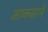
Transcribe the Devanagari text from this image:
आकसाने